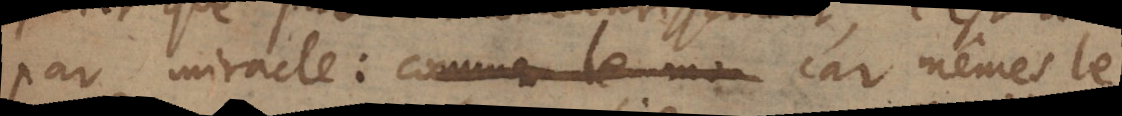
par miracle: comme le car mêmes le